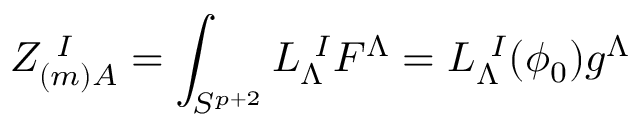
Z _ { ( m ) A } ^ { \ I } = \int _ { S ^ { p + 2 } } L _ { \Lambda } ^ { \ I } F ^ { \Lambda } = L _ { \Lambda } ^ { \ I } ( \phi _ { 0 } ) g ^ { \Lambda }